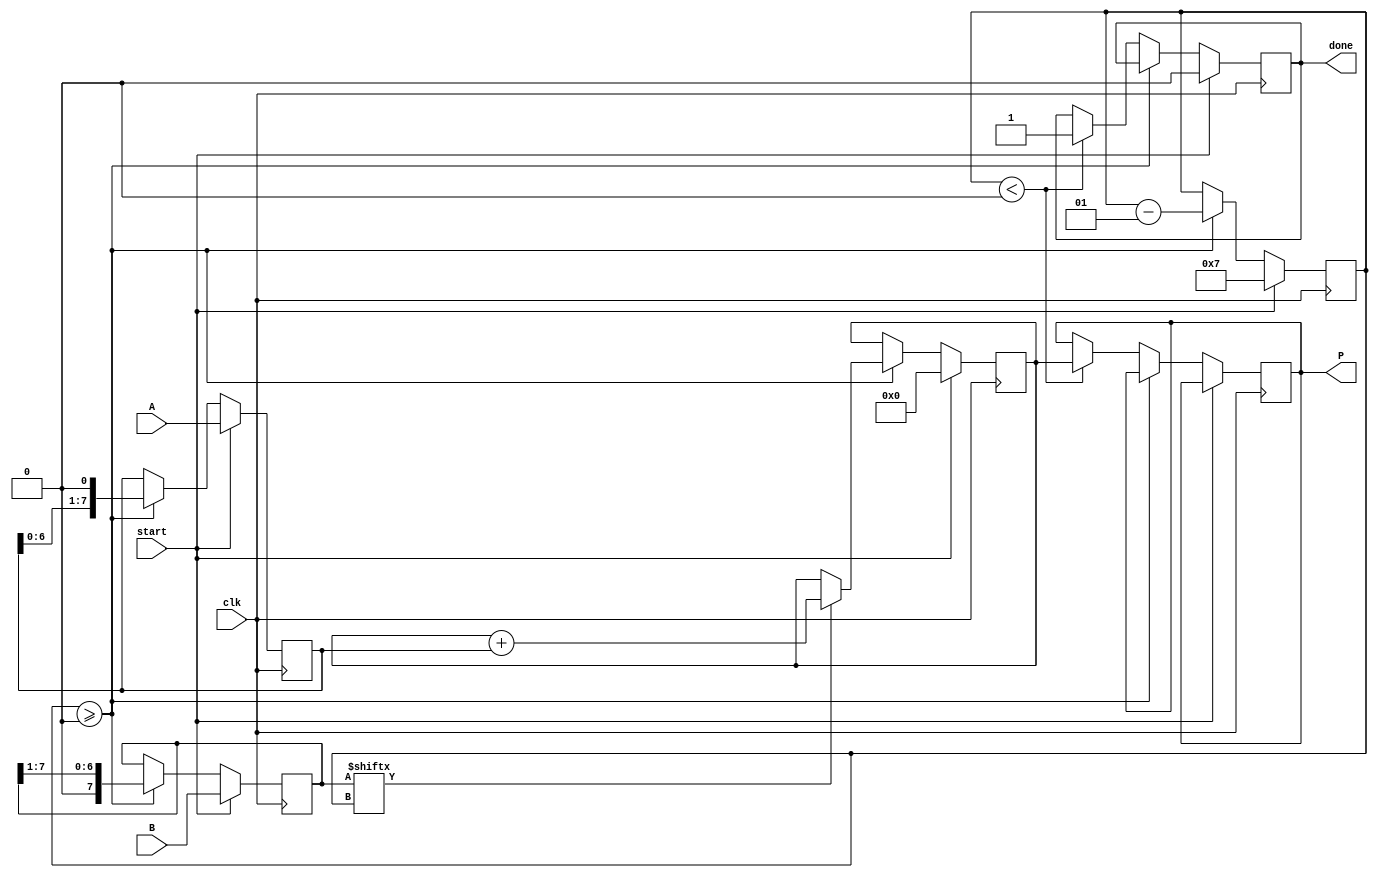
module radix2_multiplier #(parameter N = 8) (
    input [N-1:0] A,          // Multiplicand
    input [N-1:0] B,          // Multiplier
    input clk,                // Clock
    input start,              // Start signal
    output reg [2*N-1:0] P,   // Product
    output reg done           // Done signal
);
    reg [N-1:0] multiplicand;  // Intermediate multiplicand
    reg [N-1:0] multiplier;     // Intermediate multiplier
    reg [2*N-1:0] product;      // Accumulated product
    integer i;                 // Iteration counter

    always @(posedge clk) begin
        if (start) begin
            // Initialize registers
            multiplicand <= A;
            multiplier <= B;
            product <= 0;
            i <= N - 1;         // Start from the MSB
            done <= 0;          // Reset done signal
        end else if (i >= 0) begin
            // Perform the multiplication process
            if (multiplier[i]) begin
                product <= product + multiplicand; // Add multiplicand if current bit is 1
            end
            
            // Shift the multiplicand left and multiplier right
            multiplicand <= multiplicand << 1; // Multiply by 2
            multiplier <= multiplier >> 1;       // Divide by 2
            
            i <= i - 1;                         // Move to the next bit
        end else if (i < 0) begin
            // Finished processing all bits
            P <= product;                       // Assign the product to output
            done <= 1;                          // Set done signal
        end
    end
endmodule